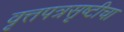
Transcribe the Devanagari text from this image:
वृत्तपत्रसृष्टीचा